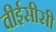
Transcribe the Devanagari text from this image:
वीईसीसी